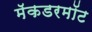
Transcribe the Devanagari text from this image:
मॅकडरमॉट